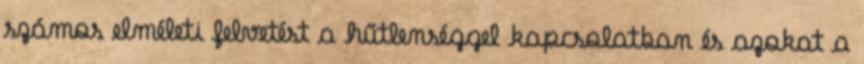
számos elméleti felvetést a hűtlenséggel kapcsolatban és azokat a